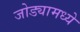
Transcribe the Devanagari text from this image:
जोड्यामध्ये